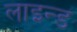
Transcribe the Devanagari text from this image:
लाइन्‍ड